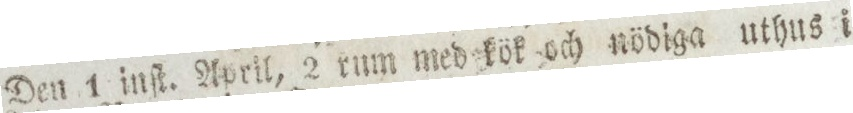
Den 1 inſt. April, 2 rum med kök och nödiga uthus i